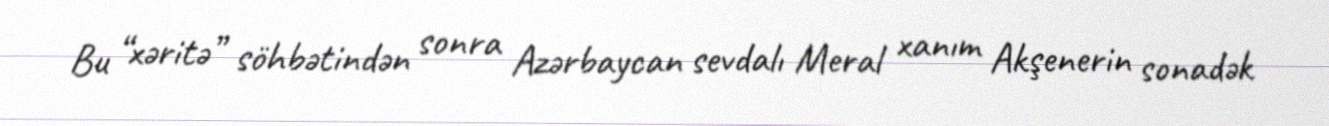
Bu “xəritə” söhbətindən sonra Azərbaycan sevdalı Meral xanım Akşenerin sonadək